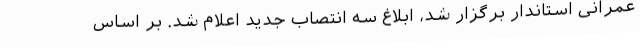
عمرانی استاندار برگزار شد، ابلاغ سه انتصاب جدید اعلام شد. بر اساس